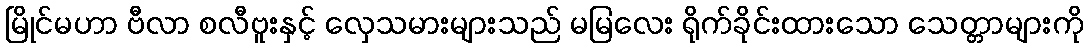
မြိုင်မဟာ ဗီလာ စလီဗူးနှင့် လှေသမားများသည် မမြလေး ရိုက်ခိုင်းထားသော သေတ္တာများကို